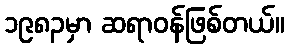
၁၉၈၃မှာ ဆရာဝန်ဖြစ်တယ်။